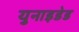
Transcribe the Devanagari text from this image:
युनाइडेड